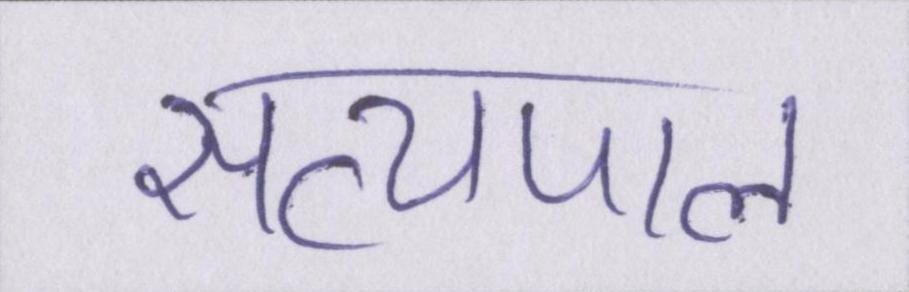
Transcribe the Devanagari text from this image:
सत्यपाल